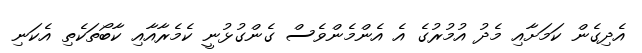
އެދިގެން ކަމަށާއި މެދު އުމުރުގެ އެ އެންމެންވެސް ގެންގުޅުނީ ކެމެރާއާއި ކާބޯތަކެތި އެކަނި